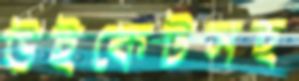
উইকেটসহ